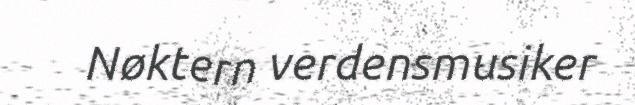
Nøktern verdensmusiker